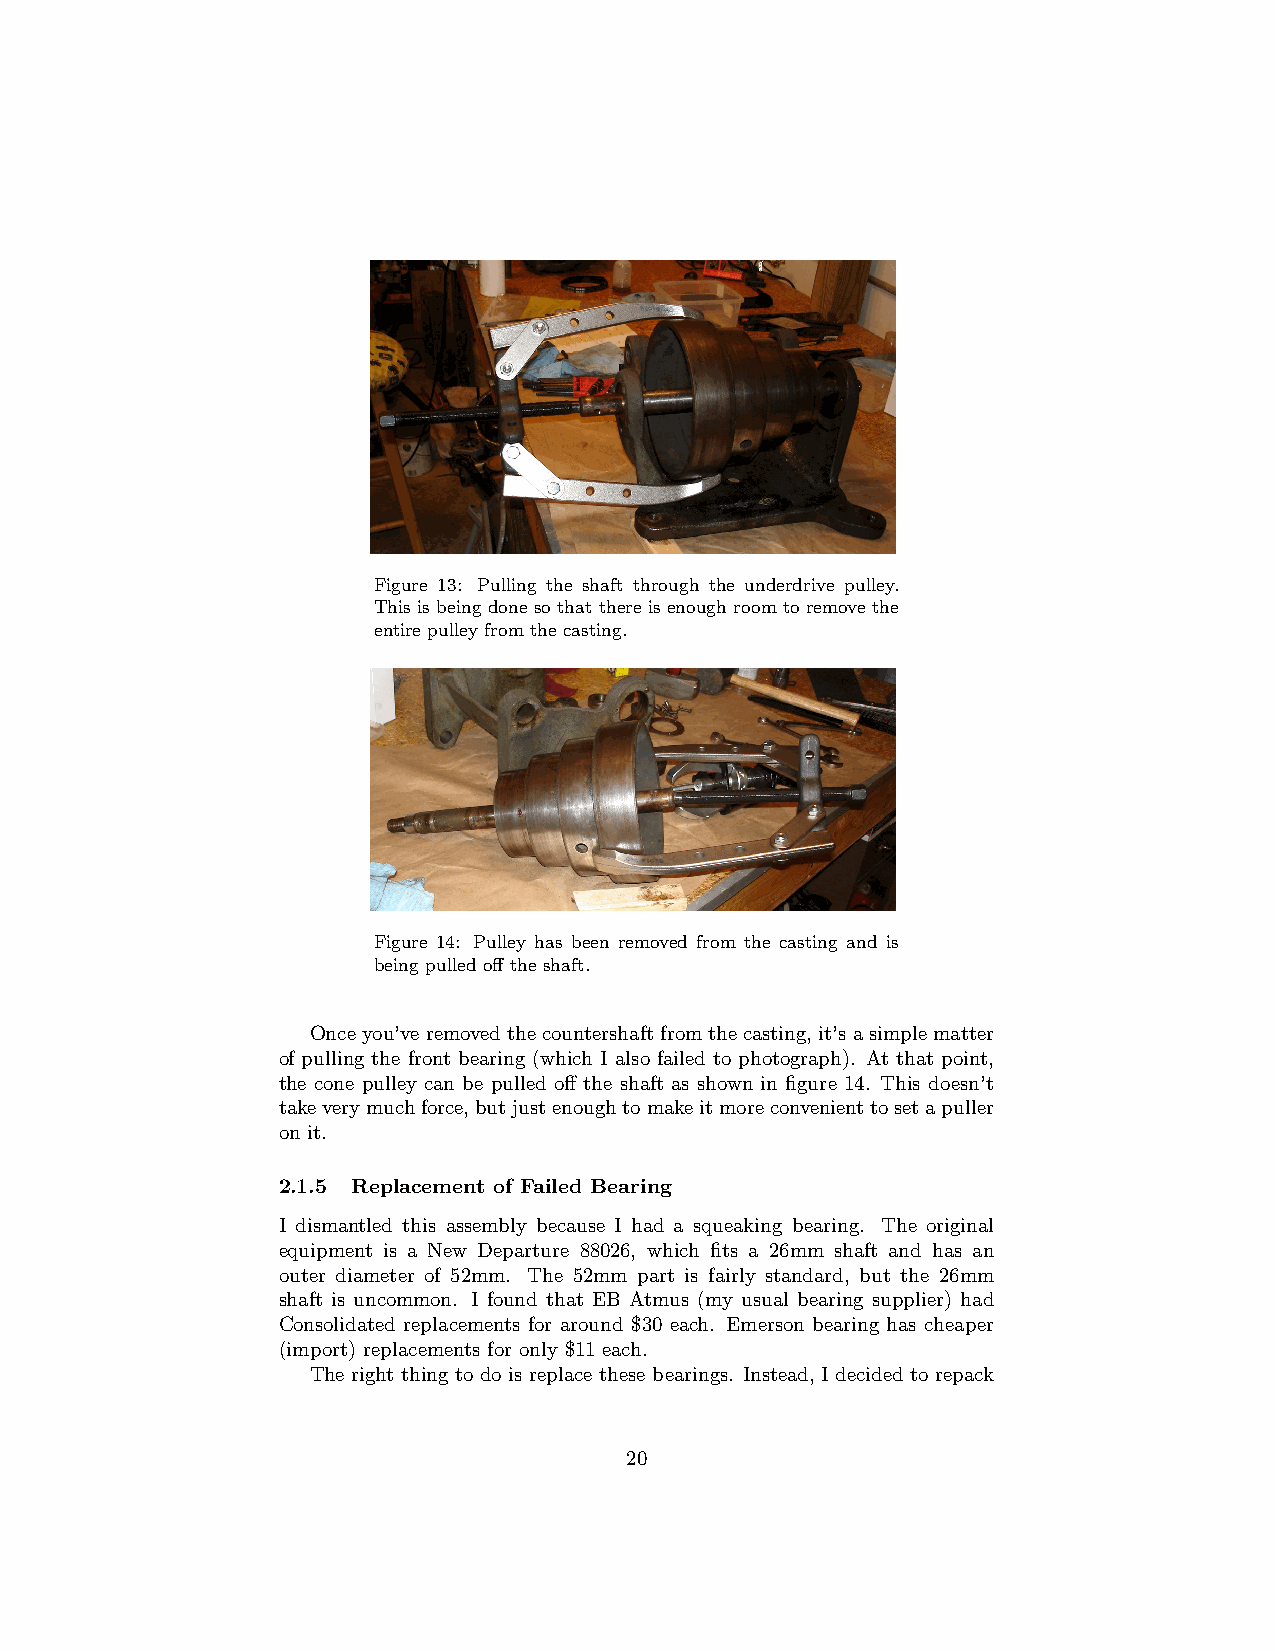
Figure 13: Pulling the shaft through the underdrive pulley.
 This is being done so that there is enough room to remove the
 entire pulley from the casting.
 Figure 14: Pulley has been removed from the casting and is
 being pulled off the shaft.
 Onceyou’veremovedthecountershaftfromthecasting, it’sasimplematter
 of pulling the front bearing (which I also failed to photograph). At that point,
 the cone pulley can be pulled off the shaft as shown in figure 14. This doesn’t
 takeverymuchforce,butjustenoughtomakeitmoreconvenienttosetapuller
 on it.
 2.1.5 Replacement of Failed Bearing
 I dismantled this assembly because I had a squeaking bearing. The original
 equipment is a New Departure 88026, which fits a 26mm shaft and has an
 outer diameter of 52mm. The 52mm part is fairly standard, but the 26mm
 shaft is uncommon. I found that EB Atmus (my usual bearing supplier) had
 Consolidated replacements for around $30 each. Emerson bearing has cheaper
 (import) replacements for only $11 each.
 The right thing to do is replace these bearings. Instead, I decided to repack
 20